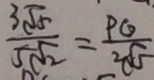
\frac { 3 \sqrt { 5 } } { 5 \sqrt { 2 } } = \frac { P G } { 2 \sqrt { 5 } }